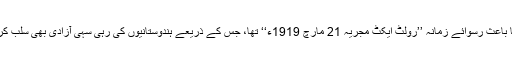
اس قتل عام کا باعث رسوائے زمانہ ’’رولٹ ایکٹ مجریہ 21 مارچ 1919ء‘‘ تھا، جس کے ذریعے ہندوستانیوں کی رہی سہی آزادی بھی سلب کر لی گئی تھی۔